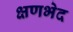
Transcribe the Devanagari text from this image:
क्षणभेद